Civil Veterinary Dept. Bombay admin report 1923-31 - 1923-1931
Year: 1923
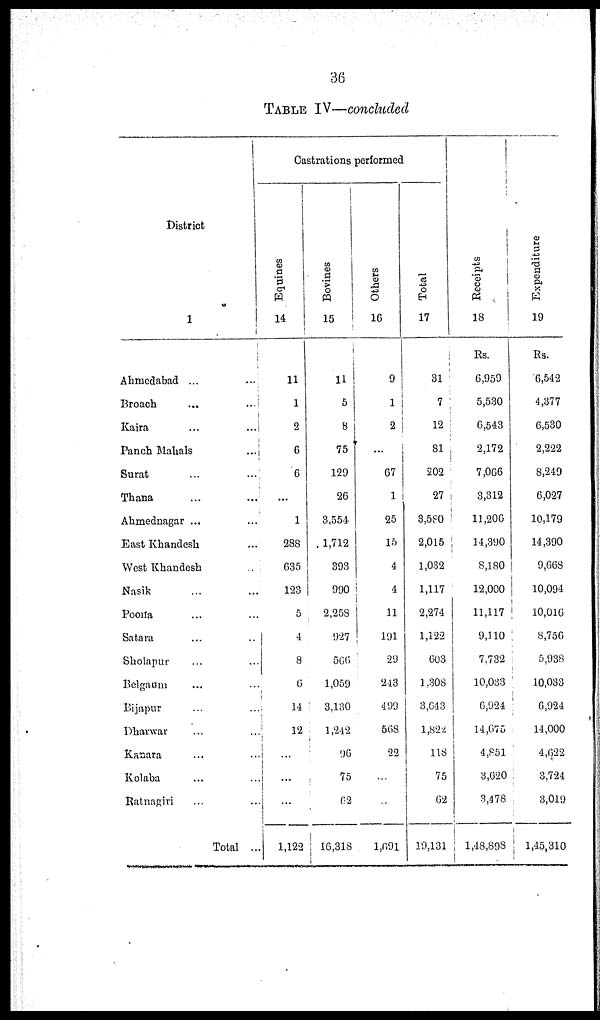
36
TABLE IV—concluded
District
1
Ahmedabad ... ...
Broach ... ...
Kaira ... ...
Panch Mahals ...
Surat ... ...
Thana ... ...
Ahmednagar ... ...
East Khandesh ...
West Khandesh ...
Nasik ... ...
Poona ... ...
Satara ... ...
Sholapur ... ...
Belgaum ... ...
Bijapur ... ...
Dharwar ... ...
Kanara ... ...
Kolaba ... ...
Ratnagiri ... ...
Total ...
Castrations performed
Equines
14
11
1
2
6
6
...
1
288
635
123
5
4
8
6
14
12
...
...
...
1,122
Bovines
15
11
5
8
75
129
26
3,554
1,712
393
990
2,258
927
566
1,059
3,130
1,242
96
75
62
16,318
Others
16
9
1
2
...
67
1
25
15
4
4
11
191
29
243
499
568
22
...
...
1,691
Total
17
31
7
12
81
202
27
3,580
2,015
1,032
1,117
2,274
1,122
603
1,308
3,643
1,822
118
75
62
19,131
Receipts
18
Rs.
6,959
5,530
6,543
2,172
7,066
3,312
11,206
14,390
8,180
12,000
11,117
9,110
7,732
10,033
6,924
14,675
4,851
3,620
3,478
1,48,898
Expenditure
19
Rs.
6,542
4,377
6,530
2,222
8,249
6,027
10,179
14,390
9,668
10,094
10,016
8,756
5,938
10,033
6,924
14,000
4,622
3,724
3,019
1,45,310